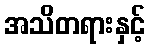
အသိတရားနှင့်